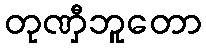
တုဏှီဘူတော